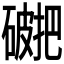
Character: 𥖖